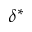
\delta ^ { * }